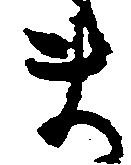
ま